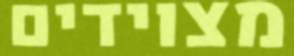
מצוידים